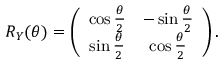
R _ { Y } ( \theta ) = \left( \begin{array} { c c } { \cos \frac { \theta } { 2 } } & { - \sin \frac { \theta } { 2 } } \\ { \sin \frac { \theta } { 2 } } & { \cos \frac { \theta } { 2 } } \end{array} \right) .